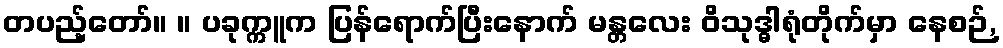
တပည့်တော်။ ။ ပခုက္ကူက ပြန်ရောက်ပြီးနောက် မန္တလေး ဝိသုဒ္ဓါရုံတိုက်မှာ နေစဉ်,